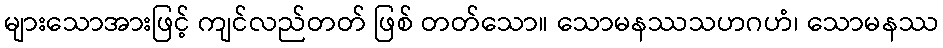
များသောအားဖြင့် ကျင်လည်တတ် ဖြစ် တတ်သော။ သောမနဿသဟဂဟံ၊ သောမနဿ